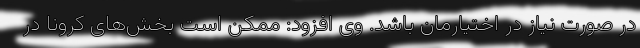
در صورت نیاز در اختیارمان باشد. وی افزود: ممکن است بخش‌های کرونا در